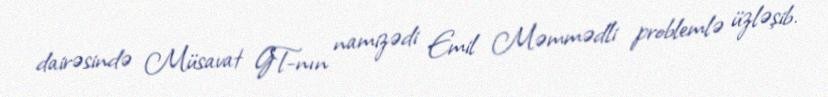
dairəsində Müsavat GT-nın namizədi Emil Məmmədli problemlə üzləşib.